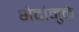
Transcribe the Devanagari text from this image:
भेदांमुळे